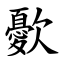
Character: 㱊